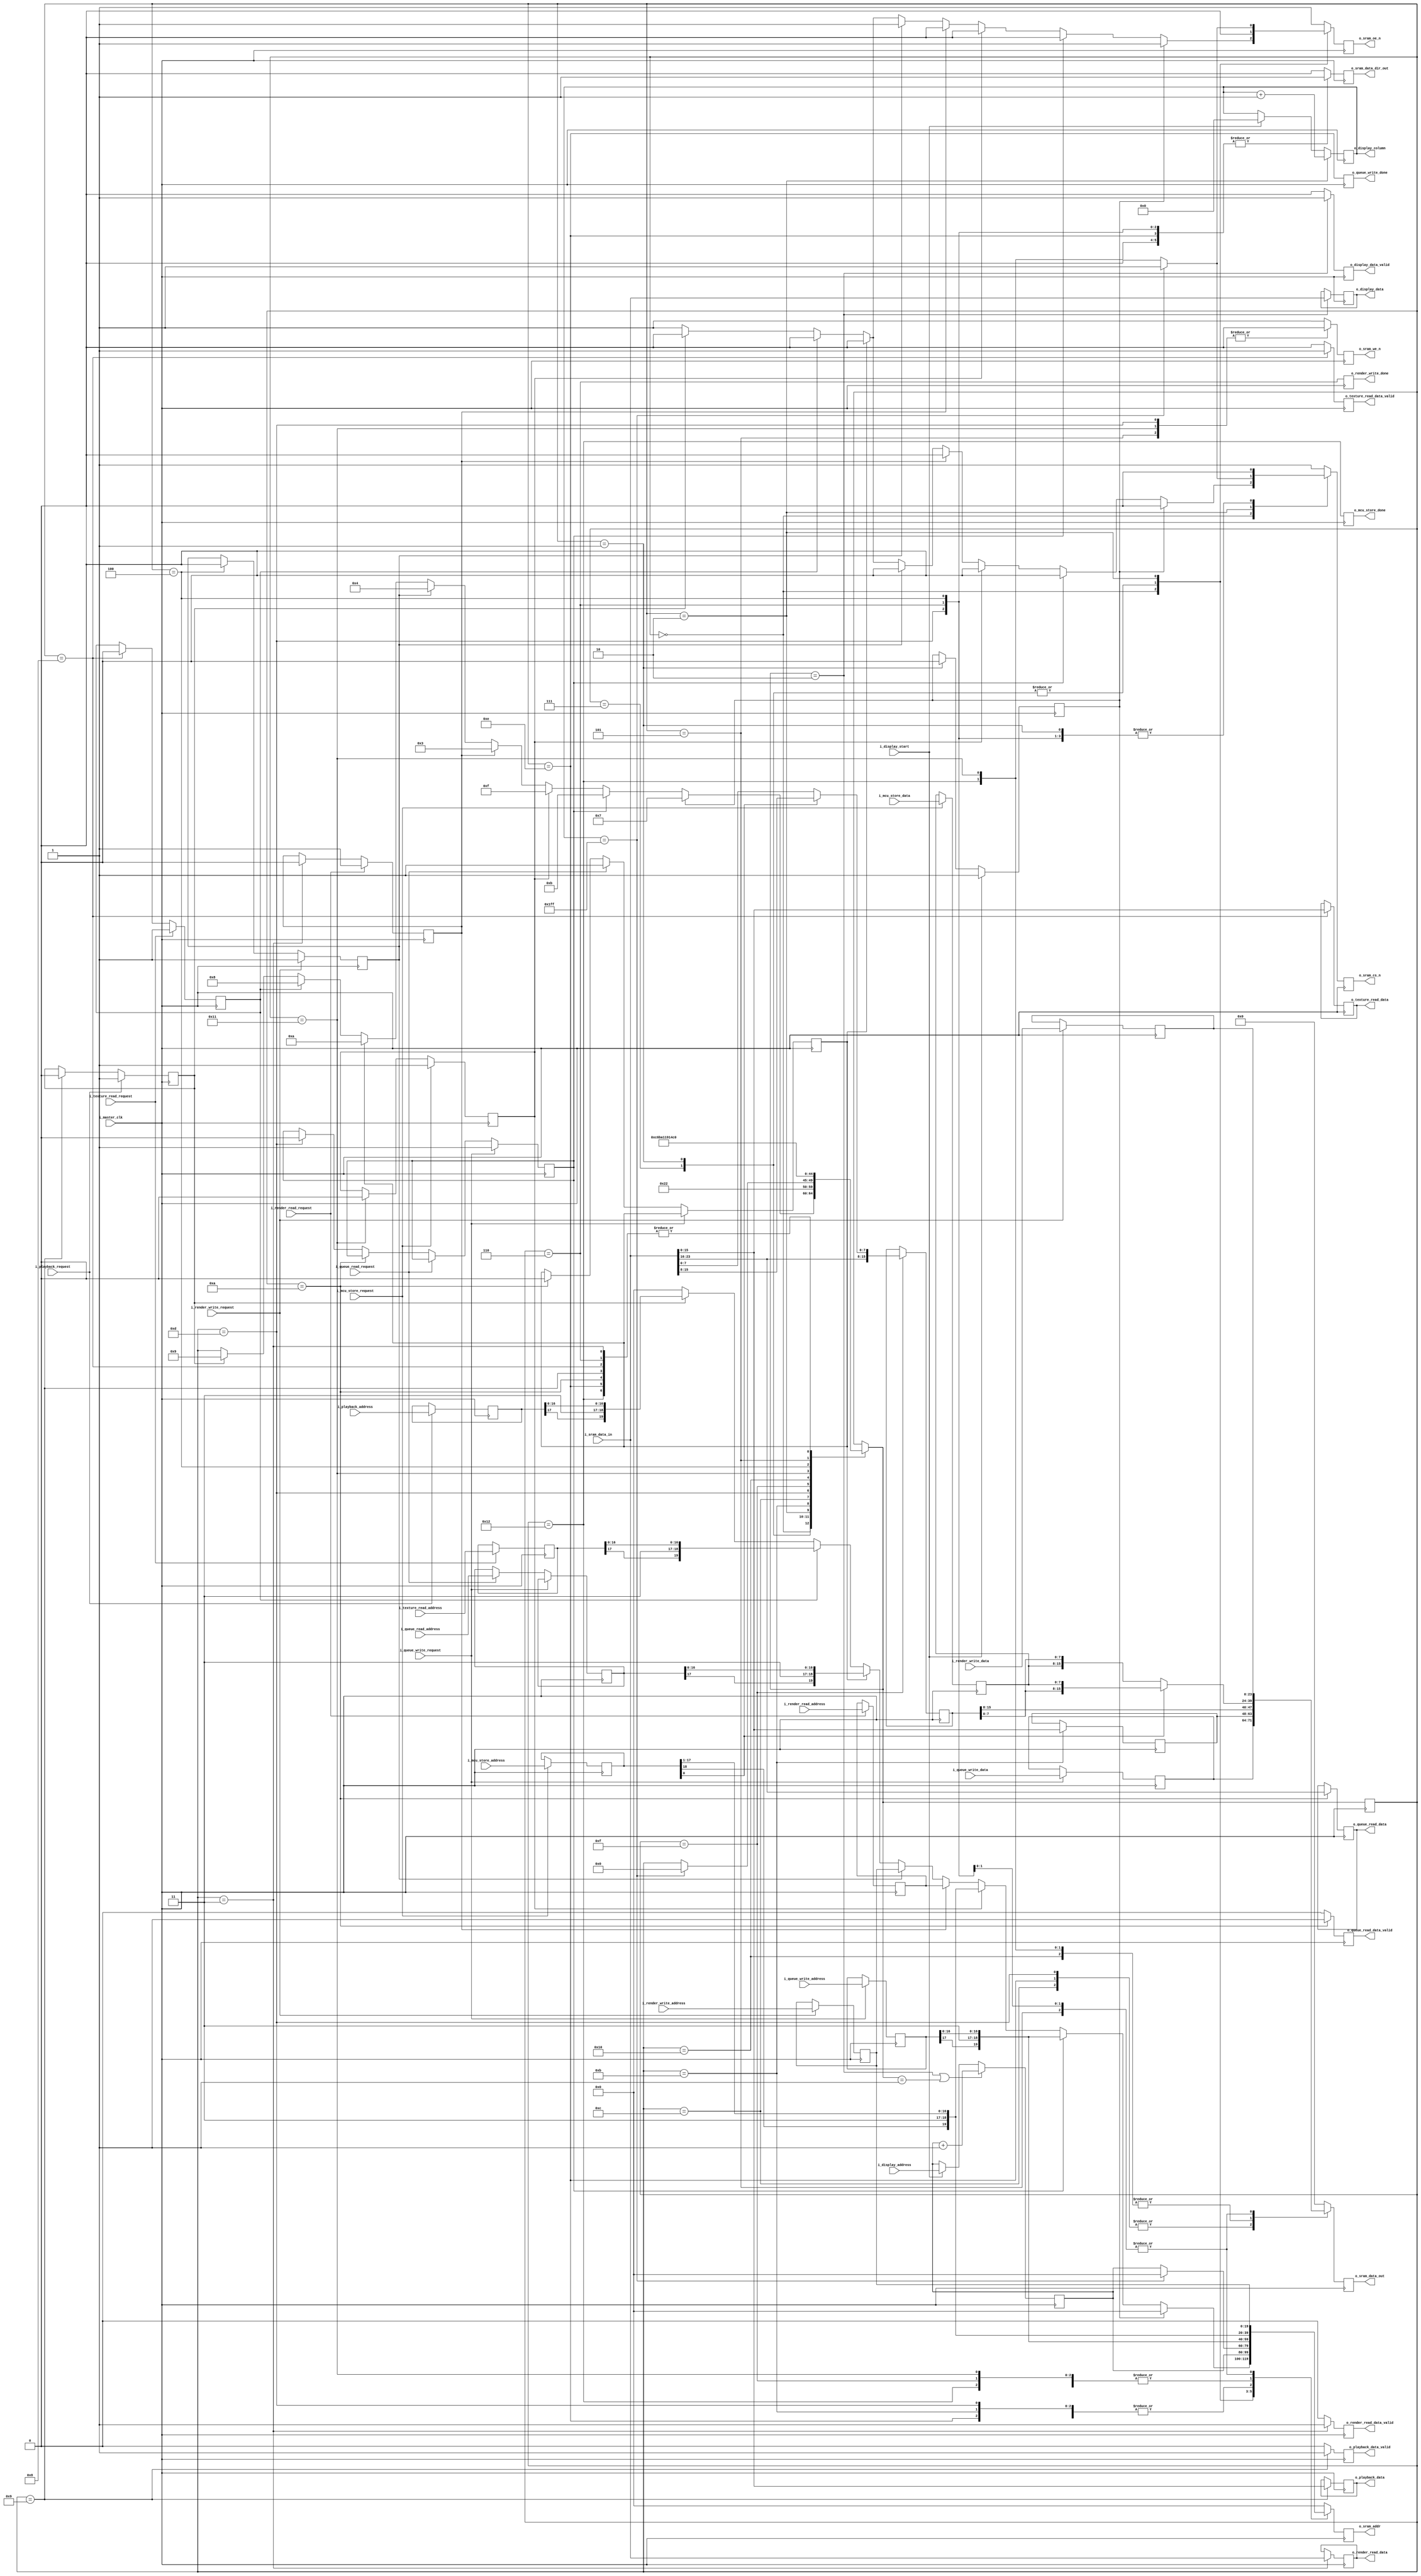
module VRAMController (
        // master clock domain
        i_master_clk,

        // CHIP INTERFACE (master clock domain)
        o_sram_addr,
        o_sram_data_out,
        i_sram_data_in,
        o_sram_data_dir_out,
        o_sram_oe_n,
        o_sram_we_n,
        o_sram_cs_n,

        // VIDEO CONTROLLER interface (master clock domain)
        i_display_address,
        i_display_start,
        o_display_column,
        o_display_data,
        o_display_data_valid,

        // RENDERER interface (master clock domain)
        i_render_read_address,
        i_render_read_request,
        o_render_read_data,
        o_render_read_data_valid,
        i_render_write_address,
        i_render_write_request,
        i_render_write_data,
        o_render_write_done,

        // TEXTURE CONTROLLER interface (master clock domain)
        i_texture_read_address,
        i_texture_read_request,
        o_texture_read_data,
        o_texture_read_data_valid,

        // VIDEO PLAYBACK DECODER interface
        i_playback_address,
        i_playback_request,
        o_playback_data,
        o_playback_data_valid,

        // COMMAND QUEUE INTERFACE
        i_queue_read_address,
        i_queue_read_request,
        o_queue_read_data,
        o_queue_read_data_valid,
        i_queue_write_address,
        i_queue_write_data,
        i_queue_write_request,
        o_queue_write_done,

        // MCU CONTROLLER interface
        i_mcu_store_address,
        i_mcu_store_request,
        i_mcu_store_data,
        o_mcu_store_done

    );

    input               i_master_clk;

    output reg[19:0]    o_sram_addr;
    output reg[23:0]    o_sram_data_out;
    input[23:0]         i_sram_data_in;
    output reg          o_sram_data_dir_out;
    output reg          o_sram_cs_n;
    output reg          o_sram_oe_n;
    output reg          o_sram_we_n;

    input[19:0]         i_display_address;
    input               i_display_start;
    output[8:0]         o_display_column;
    output[23:0]        o_display_data;
    output              o_display_data_valid;

    input[19:0]         i_render_read_address;
    input               i_render_read_request;
    output[23:0]        o_render_read_data;
    output              o_render_read_data_valid;
    input[19:0]         i_render_write_address;
    input               i_render_write_request;
    input[23:0]         i_render_write_data;
    output              o_render_write_done;

    input[17:0]         i_texture_read_address;
    input               i_texture_read_request;
    output reg[15:0]    o_texture_read_data;
    output reg          o_texture_read_data_valid;

    input[17:0]         i_playback_address;
    input               i_playback_request;
    output reg[15:0]    o_playback_data;
    output reg          o_playback_data_valid;

    input[17:0]         i_queue_read_address;
    input               i_queue_read_request;
    output reg[7:0]     o_queue_read_data;
    output reg          o_queue_read_data_valid;
    input[17:0]         i_queue_write_address;
    input[7:0]          i_queue_write_data;
    input               i_queue_write_request;
    output reg          o_queue_write_done;

    input[18:0]         i_mcu_store_address;
    input               i_mcu_store_request;
    input[7:0]          i_mcu_store_data;
    output reg          o_mcu_store_done;


    // ***********************************************
    // **                                           **
    // **   STATE MACHINE                           **
    // **                                           **
    // ***********************************************

    localparam STATE_IDLE               = 0;
    localparam STATE_DISPLAY_FIRST      = 1;
    localparam STATE_DISPLAY_NEXT       = 2;
    localparam STATE_RENDER_READ        = 3;
    localparam STATE_RENDER_WRITE_ADDR  = 4;
    localparam STATE_RENDER_WRITE_WE    = 5;
    localparam STATE_RENDER_WRITE_WAIT  = 6;
    localparam STATE_DISPLAY_START      = 7;
    localparam STATE_TEXTURE_READ       = 8;
    localparam STATE_PLAYBACK_READ      = 9;
    localparam STATE_QUEUE_READ         = 10;
    localparam STATE_QUEUE_WRITE_READ   = 11;
    localparam STATE_QUEUE_WRITE_ADDR   = 12;
    localparam STATE_QUEUE_WRITE_WE     = 13;
    localparam STATE_QUEUE_WRITE_WAIT   = 14;
    localparam STATE_MCU_WRITE_READ     = 15;
    localparam STATE_MCU_WRITE_ADDR     = 16;
    localparam STATE_MCU_WRITE_WE       = 17;
    localparam STATE_MCU_WRITE_WAIT     = 18;
    

    reg[4:0] r_state = STATE_IDLE;
    reg[4:0] w_next_state;
    reg w_next_cs_n;
    reg w_next_oe_n;
    reg w_next_we_n;
    reg[19:0] w_next_addr;
    reg[23:0] w_next_data_out;
    reg w_next_data_out_dir;

    always @(*) begin
        w_next_state = r_state;
        w_next_cs_n = 1'b1;
        w_next_oe_n = 1'b1;
        w_next_we_n = 1'b1;
        w_next_data_out = 24'h000000;
        w_next_data_out_dir = 1'b0;
        w_next_addr = 20'h00000;

        case (r_state)

            STATE_IDLE: begin
                if(r_display_request) begin
                    w_next_state = STATE_DISPLAY_START;
                    w_next_cs_n = 1'b0;
                end else if(r_queue_write_request) begin
                    w_next_state = STATE_QUEUE_WRITE_READ;
                    w_next_cs_n = 1'b0;
                    w_next_oe_n = 1'b0;
                    w_next_addr = { r_queue_write_address[17], 2'b11, r_queue_write_address[16:0] };
                end else if(r_mcu_write_request) begin
                    w_next_state = STATE_MCU_WRITE_READ;
                    w_next_cs_n = 1'b0;
                    w_next_oe_n = 1'b0;
                    w_next_addr = { r_mcu_write_address[18], 2'b11, r_mcu_write_address[17:1] };
                end else if(r_render_read_request) begin
                    w_next_state = STATE_RENDER_READ;
                    w_next_cs_n = 1'b0;
                    w_next_oe_n = 1'b0;
                    w_next_addr = r_render_read_address;
                end else if(r_render_write_request) begin
                    w_next_state = STATE_RENDER_WRITE_ADDR;
                    w_next_cs_n = 1'b0;
                    w_next_addr = r_render_write_address;
                end else if(r_queue_read_request) begin
                    w_next_state = STATE_QUEUE_READ;
                    w_next_cs_n = 1'b0;
                    w_next_oe_n = 1'b0;
                    w_next_addr = { r_queue_read_address[17], 2'b11, r_queue_read_address[16:0] };
                end else if(r_texture_read_request) begin
                    w_next_state = STATE_TEXTURE_READ;
                    w_next_cs_n = 1'b0;
                    w_next_oe_n = 1'b0;
                    w_next_addr = { r_texture_read_address[17], 2'b11, r_texture_read_address[16:0] };
                end else if(r_playback_request) begin
                    w_next_state = STATE_PLAYBACK_READ;
                    w_next_cs_n = 1'b0;
                    w_next_oe_n = 1'b0;
                    w_next_addr = { r_playback_address[17], 2'b11, r_playback_address[16:0] };
                end
            end

            STATE_DISPLAY_START: begin
                w_next_state = STATE_DISPLAY_FIRST;
                w_next_cs_n = 1'b0;
                w_next_oe_n = 1'b0;
                w_next_addr = r_display_address;
            end

            STATE_DISPLAY_FIRST: begin
                w_next_state = STATE_DISPLAY_NEXT;
                w_next_cs_n = 1'b0;
                w_next_oe_n = 1'b0;
                w_next_addr = r_display_address;
            end

            STATE_DISPLAY_NEXT: begin
                if(r_display_column == 9'h1ff) begin
                    w_next_state = STATE_IDLE;
                end else begin
                    w_next_cs_n = 1'b0;
                    w_next_oe_n = 1'b0;
                    w_next_addr = r_display_address;
                end
            end

            STATE_QUEUE_WRITE_READ: begin
                w_next_state = STATE_QUEUE_WRITE_ADDR;
                w_next_cs_n = 1'b0;
                w_next_addr = { r_queue_write_address[17], 2'b11, r_queue_write_address[16:0] };
            end

            STATE_QUEUE_WRITE_ADDR: begin
                w_next_state = STATE_QUEUE_WRITE_WE;
                w_next_cs_n = 1'b0;
                w_next_data_out = { r_queue_write_data, r_queue_write_cache };
                w_next_data_out_dir = 1'b1;
                w_next_addr = { r_queue_write_address[17], 2'b11, r_queue_write_address[16:0] };
            end

            STATE_QUEUE_WRITE_WE: begin
                w_next_state = STATE_QUEUE_WRITE_WAIT;
                w_next_cs_n = 1'b0;
                w_next_we_n = 1'b0;
                w_next_data_out = { r_queue_write_data, r_queue_write_cache };
                w_next_data_out_dir = 1'b1;
                w_next_addr = { r_queue_write_address[17], 2'b11, r_queue_write_address[16:0] };
            end

            STATE_QUEUE_WRITE_WAIT: begin
                w_next_state = STATE_IDLE;
                w_next_cs_n = 1'b0;
                w_next_data_out = { r_queue_write_data, r_queue_write_cache };
                w_next_data_out_dir = 1'b1;
                w_next_addr = { r_queue_write_address[17], 2'b11, r_queue_write_address[16:0] };
            end

            STATE_MCU_WRITE_READ: begin
                w_next_state = STATE_MCU_WRITE_ADDR;
                w_next_cs_n = 1'b0;
                w_next_addr = { r_mcu_write_address[18], 2'b11, r_mcu_write_address[17:1] };
            end

            STATE_MCU_WRITE_ADDR: begin
                w_next_state = STATE_MCU_WRITE_WE;
                w_next_cs_n = 1'b0;
                w_next_data_out = r_mcu_write_address[0]
                    ? { r_mcu_write_cache[15:0], r_mcu_write_data }
                    : { r_mcu_write_cache[15:8], r_mcu_write_data, r_mcu_write_cache[7:0] };
                w_next_data_out_dir = 1'b1;
                w_next_addr = { r_mcu_write_address[18], 2'b11, r_mcu_write_address[17:1] };
            end

            STATE_MCU_WRITE_WE: begin
                w_next_state = STATE_MCU_WRITE_WAIT;
                w_next_cs_n = 1'b0;
                w_next_we_n = 1'b0;
                w_next_data_out = r_mcu_write_address[0]
                    ? { r_mcu_write_cache[15:0], r_mcu_write_data }
                    : { r_mcu_write_cache[15:8], r_mcu_write_data, r_mcu_write_cache[7:0] };
                w_next_data_out_dir = 1'b1;
                w_next_addr = { r_mcu_write_address[18], 2'b11, r_mcu_write_address[17:1] };
            end

            STATE_MCU_WRITE_WAIT: begin
                w_next_state = STATE_IDLE;
                w_next_cs_n = 1'b0;
                w_next_data_out = r_mcu_write_address[0]
                    ? { r_mcu_write_cache[15:0], r_mcu_write_data }
                    : { r_mcu_write_cache[15:8], r_mcu_write_data, r_mcu_write_cache[7:0] };
                w_next_data_out_dir = 1'b1;
                w_next_addr = { r_mcu_write_address[18], 2'b11, r_mcu_write_address[17:1] };
            end

            STATE_RENDER_READ:
                w_next_state = STATE_IDLE;

            STATE_RENDER_WRITE_ADDR: begin
                w_next_state = STATE_RENDER_WRITE_WE;
                w_next_cs_n = 1'b0;
                w_next_data_out = r_render_write_data;
                w_next_data_out_dir = 1'b1;
                w_next_addr = r_render_write_address;
            end

            STATE_RENDER_WRITE_WE: begin
                w_next_state = STATE_RENDER_WRITE_WAIT;
                w_next_cs_n = 1'b0;
                w_next_we_n = 1'b0;
                w_next_data_out = r_render_write_data;
                w_next_data_out_dir = 1'b1;
                w_next_addr = r_render_write_address;
            end

            STATE_RENDER_WRITE_WAIT: begin
                w_next_state = STATE_IDLE;
                w_next_cs_n = 1'b0;
                w_next_data_out = r_render_write_data;
                w_next_data_out_dir = 1'b1;
                w_next_addr = r_render_write_address;
            end

            STATE_QUEUE_READ:
                w_next_state = STATE_IDLE;

            STATE_TEXTURE_READ:
                w_next_state = STATE_IDLE;

            STATE_PLAYBACK_READ:
                w_next_state = STATE_IDLE;

        endcase

    end

    always @(posedge i_master_clk) begin
        r_state <= w_next_state;
        o_sram_addr <= w_next_addr;
        o_sram_cs_n <= w_next_cs_n;
        o_sram_oe_n <= w_next_oe_n;
        o_sram_we_n <= w_next_we_n;
        o_sram_data_out <= w_next_data_out;
        o_sram_data_dir_out <= w_next_data_out_dir;
    end

    // always @(posedge i_master_clk) begin
    //     case (r_state)

    //         STATE_IDLE: begin
    //             if(r_display_request)
    //                 r_state <= STATE_DISPLAY_START;
    //             else if(r_render_read_request)
    //                 r_state <= STATE_RENDER_READ;
    //             else if(r_render_write_request)
    //                 r_state <= STATE_RENDER_WRITE_ADDR;
    //             else if(r_texture_read_request)
    //                 r_state <= STATE_TEXTURE_READ;
    //             else if(r_playback_request)
    //                 r_state <= STATE_PLAYBACK_READ;
    //             else if(r_queue_read_request)
    //                 r_state <= STATE_QUEUE_READ;
    //             else if(r_queue_write_request)
    //                 r_state <= STATE_QUEUE_WRITE_READ;
                
    //         end

    //         STATE_DISPLAY_START: 
    //             r_state <= STATE_DISPLAY_FIRST;
            
    //         STATE_DISPLAY_FIRST: 
    //             r_state <= STATE_DISPLAY_NEXT;
            
    //         STATE_DISPLAY_NEXT: begin
    //             if(r_display_column == 9'h1ff)
    //                 r_state <= STATE_IDLE;
    //         end

    //         STATE_RENDER_READ: 
    //             r_state <= STATE_IDLE;
            
    //         STATE_RENDER_WRITE_ADDR: 
    //             r_state <= STATE_RENDER_WRITE_WE;

    //         STATE_RENDER_WRITE_WE: 
    //             r_state <= STATE_RENDER_WRITE_WAIT;
            
    //         STATE_RENDER_WRITE_WAIT:
    //             r_state <= STATE_IDLE;
            
    //         STATE_TEXTURE_READ:
    //             r_state <= STATE_IDLE;

    //         STATE_PLAYBACK_READ:
    //             r_state <= STATE_IDLE;

    //         STATE_QUEUE_READ:
    //             r_state <= STATE_IDLE;

    //         STATE_QUEUE_WRITE_READ:
    //             r_state <= STATE_QUEUE_WRITE_IDLE;

    //         STATE_QUEUE_WRITE_IDLE:
    //             r_state <= STATE_QUEUE_WRITE_ADDR;

    //         STATE_QUEUE_WRITE_ADDR:
    //             r_state <= STATE_QUEUE_WRITE_WE;

    //         STATE_QUEUE_WRITE_WE:
    //             r_state <= STATE_QUEUE_WRITE_WAIT;

    //         STATE_QUEUE_WRITE_WAIT:
    //             r_state <= STATE_IDLE;

    //     endcase
    // end

    // // combine control signals
    // wire w_display_cs = (r_state == STATE_DISPLAY_NEXT || r_state == STATE_DISPLAY_FIRST || r_state == STATE_DISPLAY_START );
    // wire w_display_oe = (r_state == STATE_DISPLAY_NEXT || r_state == STATE_DISPLAY_FIRST);
    // wire w_render_oe = (r_state == STATE_RENDER_READ);
    // wire w_render_cs = (r_state == STATE_RENDER_READ || r_state == STATE_RENDER_WRITE_ADDR || r_state == STATE_RENDER_WRITE_WE || r_state === STATE_RENDER_WRITE_WAIT);
    // wire w_render_dir_out = (r_state == STATE_RENDER_WRITE_ADDR || r_state == STATE_RENDER_WRITE_WE || r_state == STATE_RENDER_WRITE_WAIT);
    // wire w_render_we = (r_state == STATE_RENDER_WRITE_WE);

    // wire w_queue_cs = (r_state == STATE_QUEUE_READ || r_state == STATE_QUEUE_WRITE_READ || r_state == STATE_QUEUE_WRITE_ADDR || r_state == STATE_QUEUE_WRITE_WE || r_state == STATE_QUEUE_WRITE_WAIT);
    // wire w_queue_oe = (r_state == STATE_QUEUE_READ || r_state == STATE_QUEUE_WRITE_READ);
    // wire w_queue_we = (r_state == STATE_QUEUE_WRITE_WE);
    // wire w_queue_dir_out = (r_state == STATE_QUEUE_WRITE_ADDR || r_state == STATE_QUEUE_WRITE_WE || r_state == STATE_QUEUE_WRITE_WAIT);

    // assign o_sram_cs_n = ! (w_display_cs || w_render_cs || w_queue_cs);

    // assign o_sram_oe_n = ! (w_display_oe || w_render_oe || w_queue_oe);

    // assign o_sram_we_n = ! (w_render_we || w_queue_we);

    // assign o_sram_data_out = w_render_dir_out ? r_render_write_data 
    //         : w_queue_dir_out ? { r_queue_write_data, r_queue_write_cache }
    //         : 24'b0;

    // assign o_sram_data_dir_out = (w_render_dir_out || w_queue_dir_out);

    // assign o_sram_addr = w_display_oe ? r_display_address 
    //     : w_render_oe ? r_render_read_address 
    //     : w_render_dir_out ? r_render_write_address
    //     : w_queue_oe ? { r_queue_read_address[17], 2'b11, r_queue_read_address[16:0] }
    //     : w_queue_dir_out ? { r_queue_write_address[17], 2'b11, r_queue_write_address[16:0] }
    //     : 20'h0;


    // ***********************************************
    // **                                           **
    // **   DISPLAY READ                            **
    // **                                           **
    // ***********************************************  

    // request
    reg r_display_request = 0;

    always @(posedge i_master_clk) begin
        if(i_display_start)
            r_display_request <= 1;
        else if(r_state == STATE_DISPLAY_FIRST)
            r_display_request <= 0;
    end

    // column counter & address
    reg[8:0] r_display_column = 0;
    reg[19:0] r_display_address = 0;

    always @(posedge i_master_clk) begin
        if(i_display_start) begin
            r_display_column <= 0;
            r_display_address <= i_display_address;
        end
        if(r_state == STATE_DISPLAY_NEXT)
            r_display_column <= r_display_column + 1;
        if(w_next_state == STATE_DISPLAY_NEXT || w_next_state == STATE_DISPLAY_FIRST)
            r_display_address <= r_display_address + 1;
    end

    // output buffer
    reg[23:0] r_display_data = 0;
    reg r_display_data_valid =0;

    always @(posedge i_master_clk) begin
        if(w_next_state == STATE_DISPLAY_NEXT) begin
            r_display_data <= i_sram_data_in;
            r_display_data_valid <= 1;
        end else begin
            r_display_data_valid <= 0;
        end
    end

    // output signals
    assign o_display_column = r_display_column;
    assign o_display_data = r_display_data;
    assign o_display_data_valid = r_display_data_valid;


    // ***********************************************
    // **                                           **
    // **   RENDER READ/WRITE                       **
    // **                                           **
    // ***********************************************  

    // address buffer
    reg[19:0]   r_render_read_address = 0;
    reg[19:0]   r_render_write_address = 0;

    always @(posedge i_master_clk) begin
        if(i_render_read_request)
            r_render_read_address <= i_render_read_address;
        if(i_render_write_request)
            r_render_write_address <= i_render_write_address;
    end

    // read request
    reg r_render_read_request = 0;

    always @(posedge i_master_clk) begin
        if(i_render_read_request)
            r_render_read_request <= 1;
        else if(r_state == STATE_RENDER_READ)
            r_render_read_request <= 0;
    end

    // read data latch
    reg[23:0] r_render_read_data = 0;
    reg r_render_read_data_valid = 0;

    always @(posedge i_master_clk) begin
        if(r_state == STATE_RENDER_READ) begin
            r_render_read_data <= i_sram_data_in;
            r_render_read_data_valid <= 1;
        end else begin
            r_render_read_data_valid <= 0;
        end
    end

    assign o_render_read_data = r_render_read_data;
    assign o_render_read_data_valid = r_render_read_data_valid;


    // write data buffer
    reg[23:0] r_render_write_data = 0;

    always @(posedge i_master_clk) begin
        if(i_render_write_request)
            r_render_write_data <= i_render_write_data;
    end

    // write request
    reg r_render_write_request = 0;

    always @(posedge i_master_clk) begin
        if(i_render_write_request)
            r_render_write_request <= 1;
        else if(r_state == STATE_RENDER_WRITE_ADDR)
            r_render_write_request <= 0;
    end

    // write done flag
    reg r_render_write_done = 0;

    always @(posedge i_master_clk)
        r_render_write_done <= (r_state == STATE_RENDER_WRITE_WAIT);

    assign o_render_write_done = r_render_write_done;


    // ***********************************************
    // **                                           **
    // **   TEXTURE READ                            **
    // **                                           **
    // ***********************************************

    // request & address latch
    reg         r_texture_read_request = 0;
    reg[17:0]   r_texture_read_address;

    always @(posedge i_master_clk) begin
        if(i_texture_read_request) begin
            r_texture_read_request <= 1'b1;
            r_texture_read_address <= i_texture_read_address;
        end else if(r_state == STATE_TEXTURE_READ) begin
            r_texture_read_request <= 1'b0;
        end
    end

    // data & validity flag
    always @(posedge i_master_clk) begin
        if(r_state == STATE_TEXTURE_READ) begin
            o_texture_read_data <= i_sram_data_in[15:0];
            o_texture_read_data_valid <= 1'b1;
        end else begin
            o_texture_read_data_valid <= 1'b0;
        end
    end


    // ***********************************************
    // **                                           **
    // **   PLAYBACK READ                           **
    // **                                           **
    // ***********************************************

    // request & address latch
    reg         r_playback_request = 0;
    reg[17:0]   r_playback_address;

    always @(posedge i_master_clk) begin
        if(i_playback_request) begin
            r_playback_request <= 1'b1;
            r_playback_address <= i_playback_address;
        end else if(r_state == STATE_PLAYBACK_READ) begin
            r_playback_request <= 1'b0;
        end
    end

    // data & validity flag
    always @(posedge i_master_clk) begin
        if(r_state == STATE_PLAYBACK_READ) begin
            o_playback_data <= i_sram_data_in[15:0];
            o_playback_data_valid <= 1'b1;
        end else begin
            o_playback_data_valid <= 1'b0;
        end
    end


    // ***********************************************
    // **                                           **
    // **   QUEUE READ & WRITE                      **
    // **                                           **
    // ***********************************************

    // requests & address latch
    reg[17:0]       r_queue_read_address = 0;
    reg[17:0]       r_queue_write_address = 0;
    reg             r_queue_read_request = 0;
    reg             r_queue_write_request = 0;
    reg[7:0]        r_queue_write_data;

    always @(posedge i_master_clk) begin
        if(i_queue_write_request) begin
            r_queue_write_address <= i_queue_write_address; 
            r_queue_write_data <= i_queue_write_data;
            r_queue_write_request <= 1'b1;
        end else if(i_queue_read_request) begin
            r_queue_read_address <= i_queue_read_address;
            r_queue_read_request <= 1'b1;
        end else if(r_state == STATE_QUEUE_READ) begin
            r_queue_read_request <= 1'b0;
        end else if(r_state == STATE_QUEUE_WRITE_WE) begin
            r_queue_write_request <= 1'b0;
        end
    end

    // data reading
    always @(posedge i_master_clk) begin
        if(r_state == STATE_QUEUE_READ) begin
            o_queue_read_data <= i_sram_data_in[23:16];
            o_queue_read_data_valid <= 1'b1;
        end else begin
            o_queue_read_data_valid <= 1'b0;
        end
    end

    // data cache
    reg[15:0]    r_queue_write_cache;

    always @(posedge i_master_clk) begin
        if(r_state == STATE_QUEUE_WRITE_READ)
            r_queue_write_cache <= i_sram_data_in[15:0];
    end

    // write done flag
    always @(posedge i_master_clk) begin
        o_queue_write_done <= (r_state == STATE_QUEUE_WRITE_WAIT);
    end

    // ***********************************************
    // **                                           **
    // **   MCU WRITE                               **
    // **                                           **
    // ***********************************************

    // request latch
    reg[18:0]   r_mcu_write_address;
    reg[7:0]    r_mcu_write_data;
    reg         r_mcu_write_request = 0;

    always @(posedge i_master_clk) begin
        if(i_mcu_store_request) begin
            r_mcu_write_address <= i_mcu_store_address;
            r_mcu_write_data <= i_mcu_store_data;
            r_mcu_write_request <= 1'b1;
        end else if(r_state == STATE_MCU_WRITE_WE) begin
            r_mcu_write_request <= 1'b0;
        end
    end

    // data cache
    reg[15:0]   r_mcu_write_cache;

    always @(posedge i_master_clk) begin
        if(r_state == STATE_MCU_WRITE_READ) begin
            r_mcu_write_cache <= r_mcu_write_address[0]
                ? {i_sram_data_in[23:8] }
                : {i_sram_data_in[23:16], i_sram_data_in[7:0] };
        end
    end

    // write done flag
    always @(posedge i_master_clk) begin
        o_mcu_store_done <= (r_state == STATE_MCU_WRITE_WAIT);
    end

endmodule